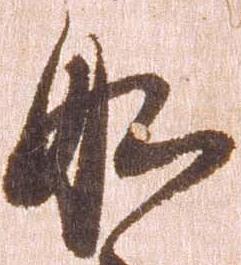
船